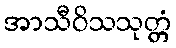
အာသီဝိသသုတ္တံ